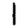
Digit: 1